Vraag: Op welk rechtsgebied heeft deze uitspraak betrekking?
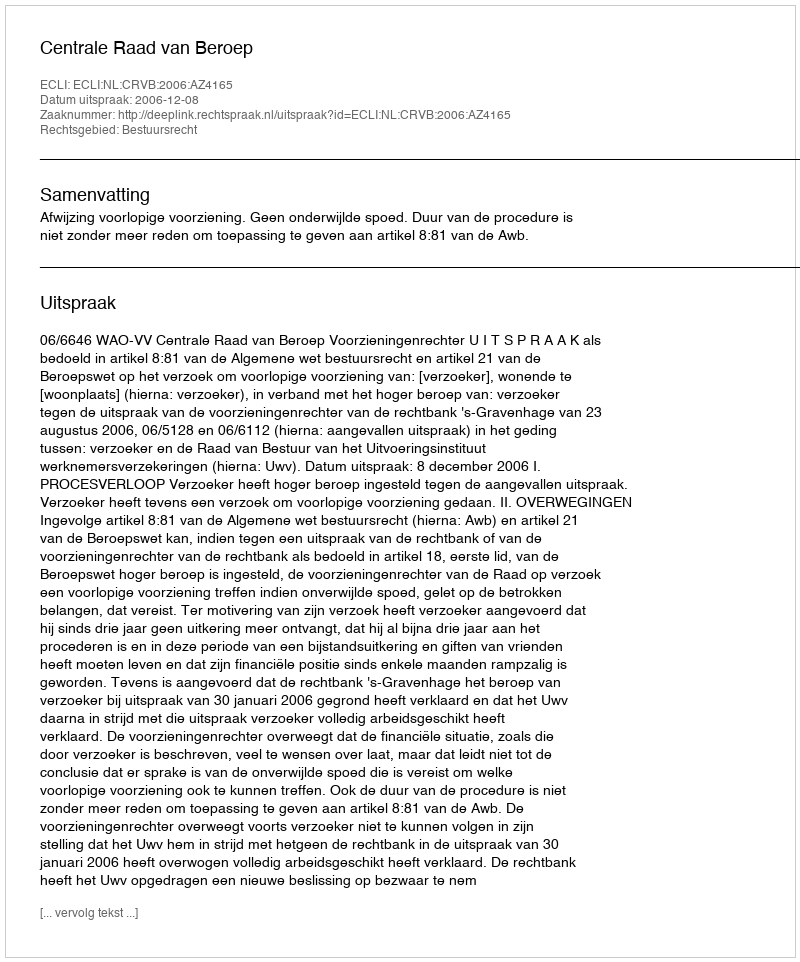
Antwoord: Bestuursrecht